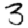
Digit: 3